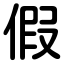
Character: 假